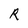
Character: R